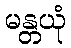
မန္တယုံ